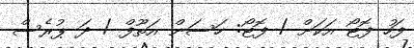
ފަހު ފޮޓޯ އަކަށް / ފޮޓޯ: ހަސަން އަތޫފް / ދަ ޕުރެސް